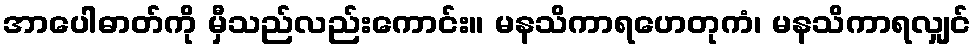
အာပေါဓာတ်ကို မှီသည်လည်းကောင်း။ မနသိကာရဟေတုကံ၊ မနသိကာရလျှင်